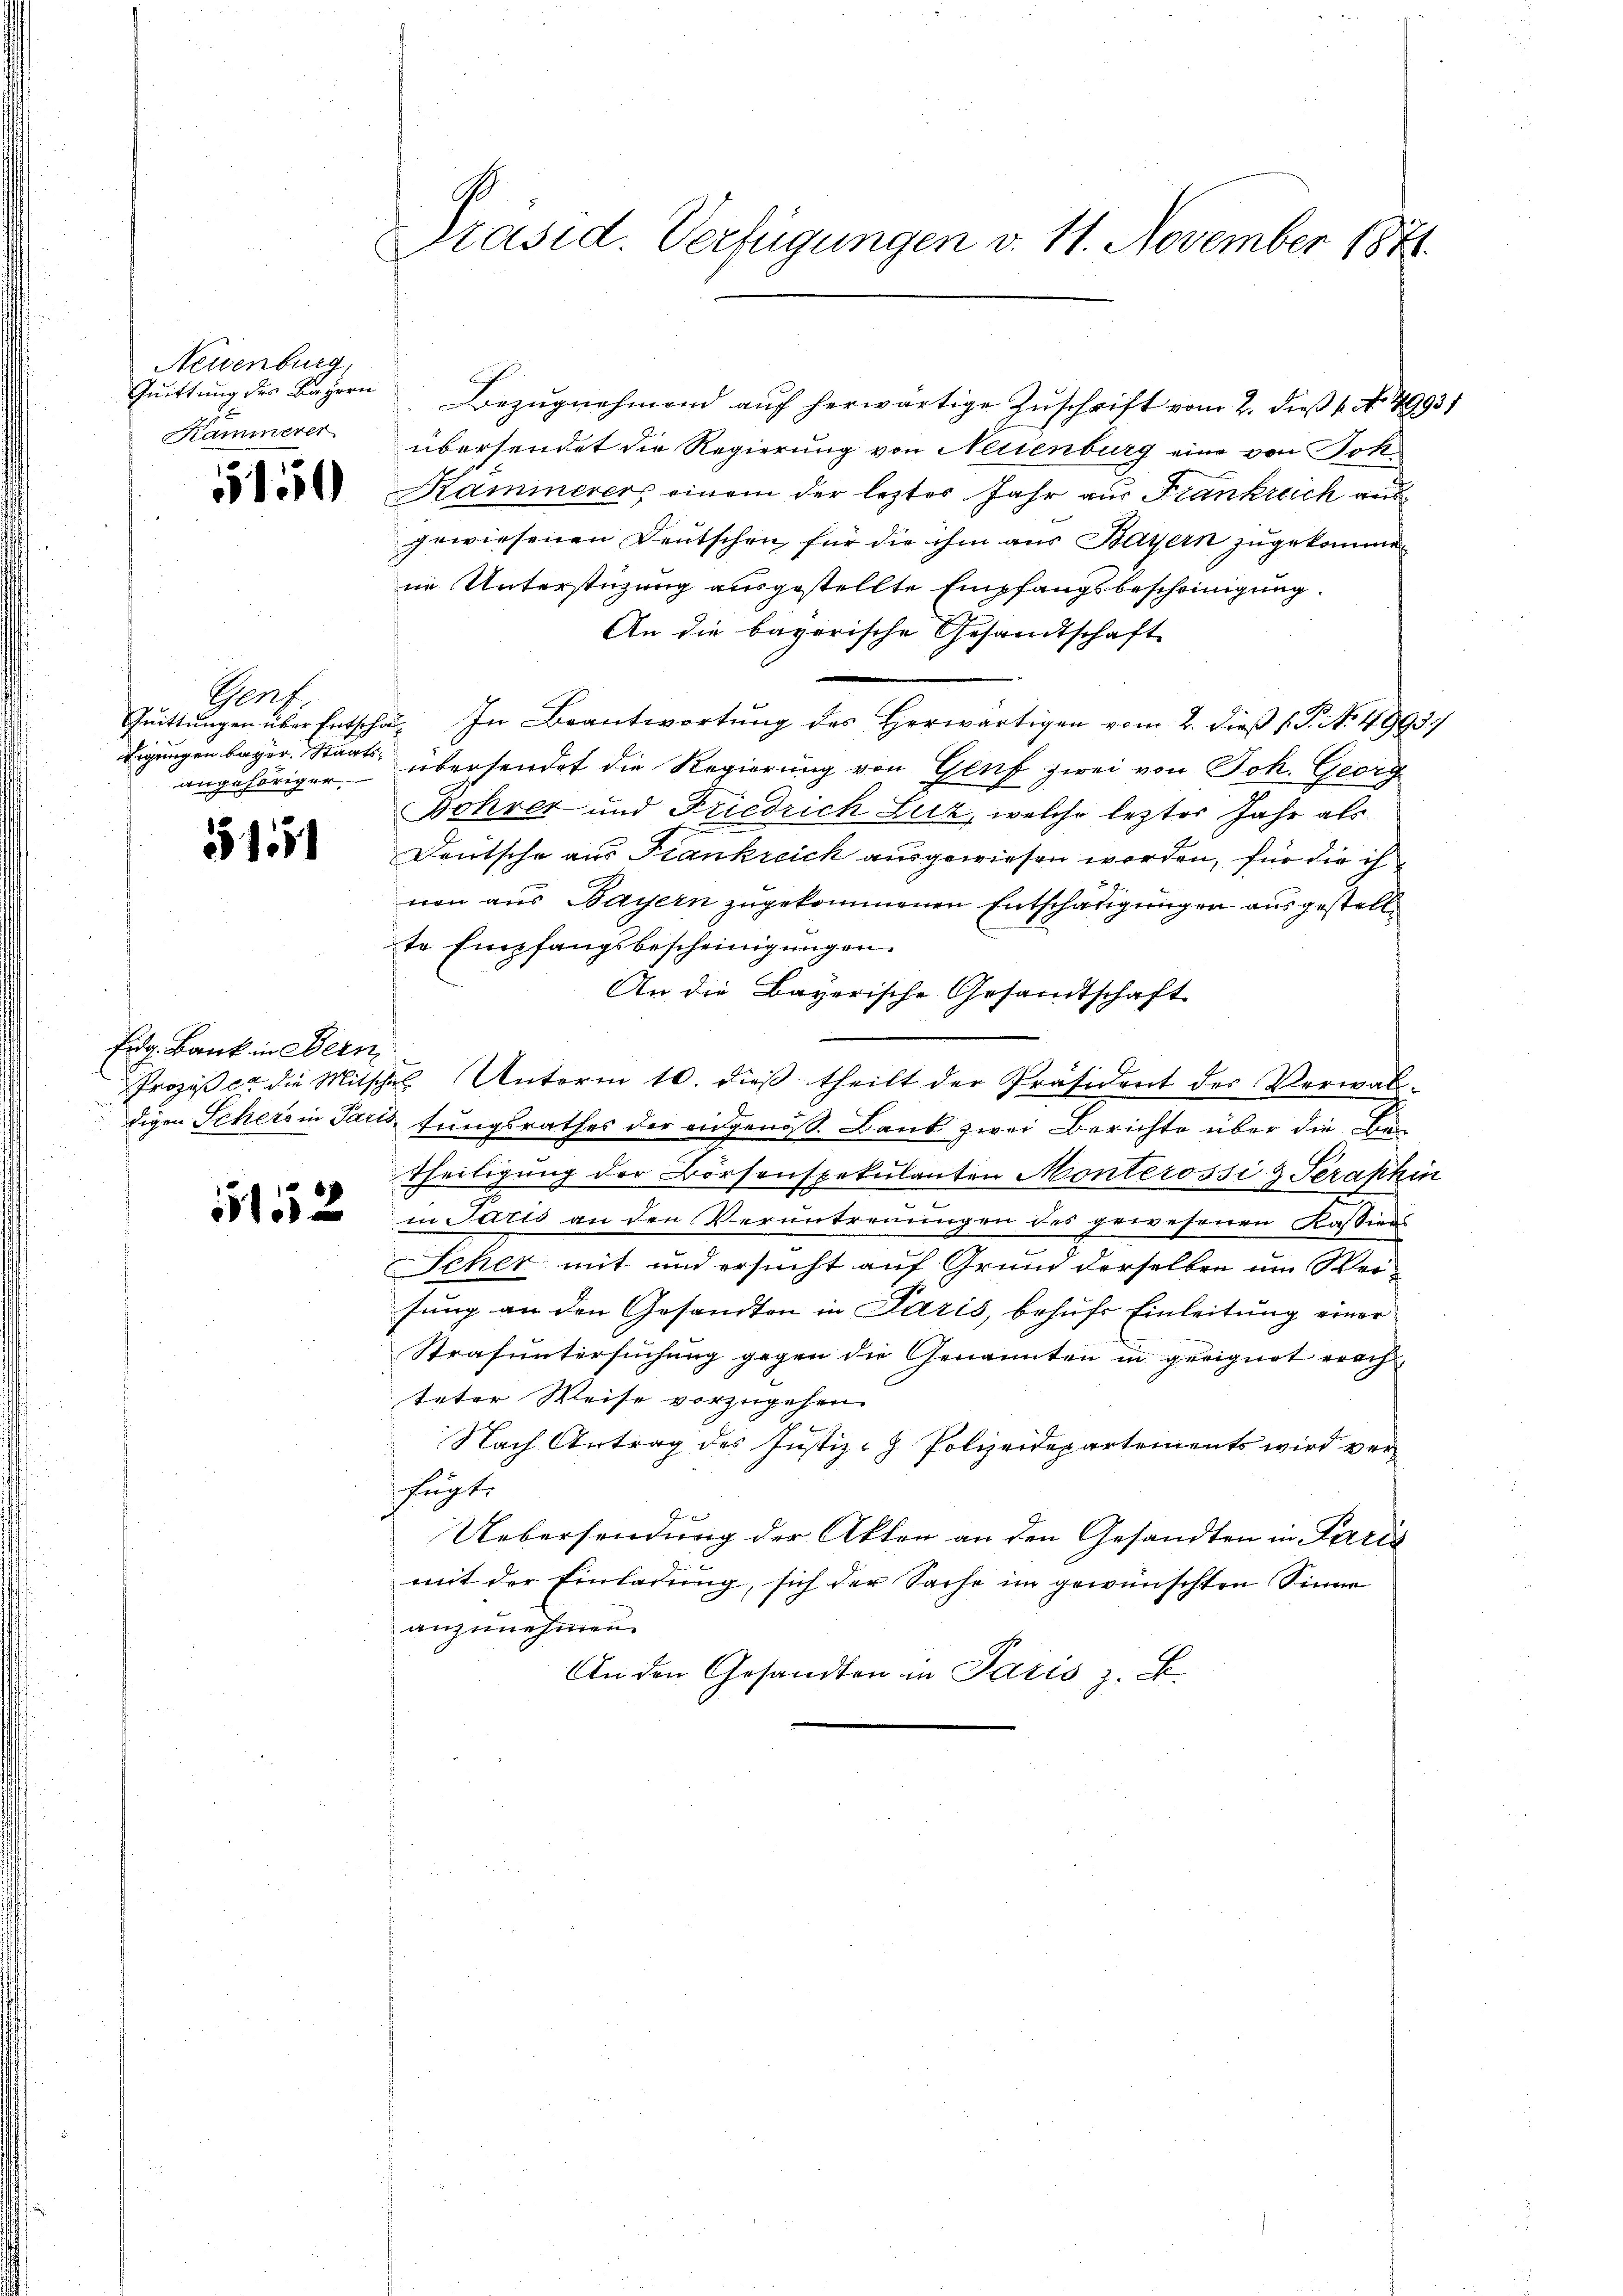
Neuenburg,
Quittung des Bayern
Kammerer

5150

Genf
Eigungen beger Staatsangehöriger.

51551

Eidg. Bank in Bern

1152

Präsid. Verfügungen v. 11. November 1871.

Bezugnehmend auf herwärtige Zuschrift vom 2. dieß 1. No 49931
übersendet die Regierung von Neuenburg eine von Jok¬
Kaminerers einem der lezter Jahr aus Frankreich ausgewiesenen Deutschen, für die ihm aus Bayern zugekommen
ne Unterstüzung ausgestellte Empfangsbescheinigung.
An die bayerische Gesandtschaft
Qŭittŭngen über Entschaft In Beantwortŭng des herwärtigen vom 2. dieβ (T. No. 4993.
übersendet die Regierung von Genf zwei von Joh. Georg
Bohrer und Friedrich Lutz, welche lezter Jahr als
Deutsche aus Frankreich ausgewiesen worden, für die ih
nen aus Bayern zugekommenen Entschädigungen ausgestelle
te Empfangsbescheinigungen.
An die Bayerische Gesandtschaft
Prozeß er die Mitschel Unterm 10. dieβ theilt der Präsident des Verwal-
digen Schers in Paris fungsrathes der eidgenöß. Bank zwei Berichte über die Be¬
Theiligung der Börsenspekulanten Monterossi & Serakkin
in Paris an den Verantreuungen des gewesenen Kassiers
Scher mit und ersucht auf Grund derselben um Weisung an den Gesandten in Paris, behufs Einleitung einer
Strafuntersuchung gegen die Genannten in geeignet erachteter Weise vorzugehen.
Nach Antrag des Justiz- Polizeidepartements wird verfügte
Uebersendung der Akten an den Gesandten in Paris
mit der Einladung, sich der Sache im gewünschten Sinne
anzunehmen.
An den Gesandten in Paris z. B.